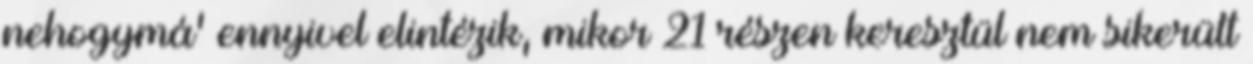
nehogymá’ ennyivel elintézik, mikor 21 részen keresztül nem sikerült